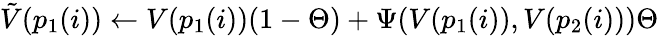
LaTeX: \tilde{V}(p_{1}(i))\gets V(p_{1}(i))(1-\Theta)+\Psi(V(p_{1}(i)),V(p_{2}(i)))\Theta